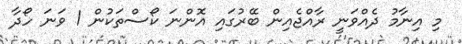
މި އިނާމު ދެއްވަނީ ރާއްޖެއިން ބޭރުގައި އޮންނަ ކޯސްތަކުން 1 ވަނަ ހޯދާ